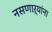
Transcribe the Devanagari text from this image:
नसणाऱ्यांना